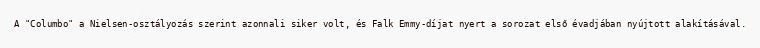
A "Columbo" a Nielsen-osztályozás szerint azonnali siker volt, és Falk Emmy-díjat nyert a sorozat első évadjában nyújtott alakításával.